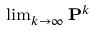
\scriptstyle \operatorname* { l i m } _ { k \to \infty } \mathbf { P } ^ { k }